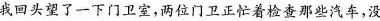
我回头望了一下门卫室，两位门卫正忙着检查那些汽车，没